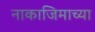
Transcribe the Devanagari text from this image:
नाकाजिमाच्या